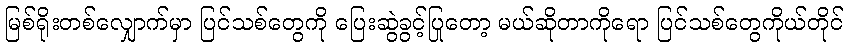
မြစ်ရိုးတစ်လျှောက်မှာ ပြင်သစ်တွေကို ပြေးဆွဲခွင့်ပြုတော့ မယ်ဆိုတာကိုရော ပြင်သစ်တွေကိုယ်တိုင်